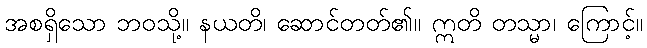
အစရှိသော ဘဝသို့။ နယတိ၊ ဆောင်တတ်၏။ ဣတိ တသ္မာ၊ ကြောင့်။